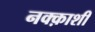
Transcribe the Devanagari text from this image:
नक्क़ाशी